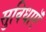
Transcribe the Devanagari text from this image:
सुविधाऍं